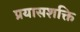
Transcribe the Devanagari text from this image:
प्रयासशक्ति